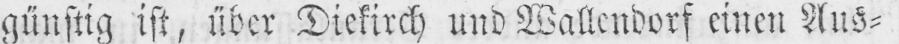
günstig ist, über Diekirch und Wallendorf einen Aus⸗